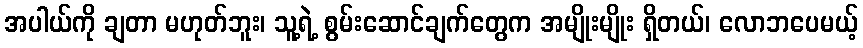
အပါယ်ကို ချတာ မဟုတ်ဘူး၊ သူ့ရဲ့ စွမ်းဆောင်ချက်တွေက အမျိုးမျိုး ရှိတယ်၊ လောဘပေမယ့်